Report of the Bombay Veterinary College
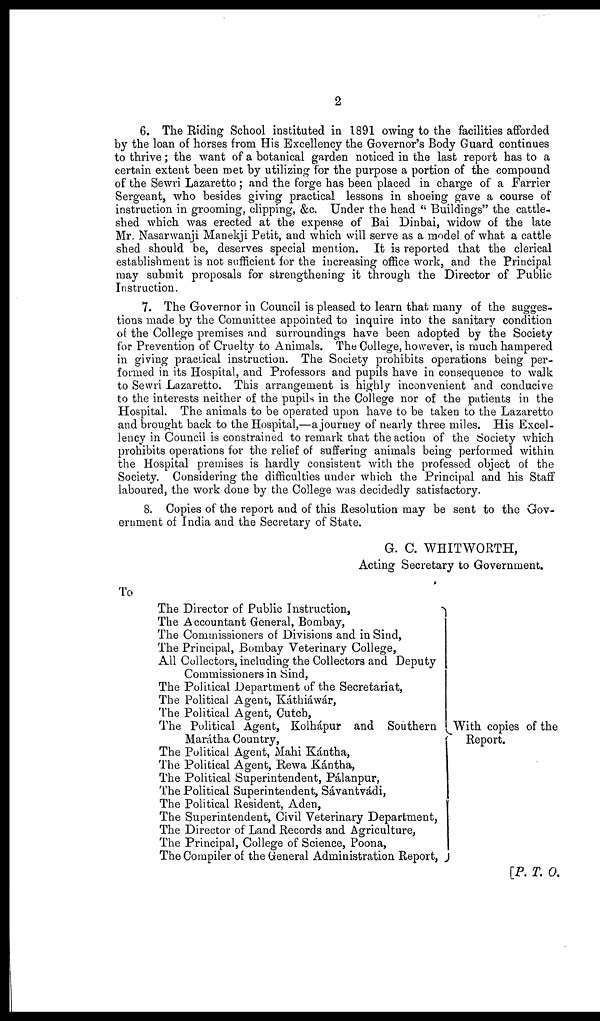
2
6. The Riding School instituted in 1891 owing to the facilities afforded
by the loan of horses from His Excellency the Governor's Body Guard continues
to thrive; the want of a botanical garden noticed in the last report has to a
certain extent been met by utilizing for the purpose a portion of the compound
of the Sewri Lazaretto; and the forge has been placed in charge of a Farrier
Sergeant, who besides giving practical lessons in shoeing gave a course of
instruction in grooming, clipping, &c. Under the head " Buildings" the cattle-
shed which was erected at the expense of Bai Dinbai, widow of the late
Mr. Nasarwanji Manekji Petit, and which will serve as a model of what a cattle
shed should be, deserves special mention. It is reported that the clerical
establishment is not sufficient for the increasing office work, and the Principal
may submit proposals for strengthening it through the Director of Public
Instruction.
7. The Governor in Council is pleased to learn that many of the sugges-
tions made by the Committee appointed to inquire into the sanitary condition
of the College premises and surroundings have been adopted by the Society
for Prevention of Cruelty to Animals. The College, however, is much hampered
in giving practical instruction. The Society prohibits operations being per-
formed in its Hospital, and Professors and pupils have in consequence to walk
to Sewri Lazaretto. This arrangement is highly inconvenient and conducive
to the interests neither of the pupils in the College nor of the patients in the
Hospital. The animals to be operated upon have to be taken to the Lazaretto
and brought back to the Hospital,—a journey of nearly three miles. His Excel-
lency in Council is constrained to remark that the action of the Society which
prohibits operations for the relief of suffering animals being performed within
the Hospital premises is hardly consistent with the professed object of the
Society. Considering the difficulties under which the Principal and his Staff
laboured, the work done by the College was decidedly satisfactory.
8. Copies of the report and of this Resolution may be sent to the Gov-
ernment of India and the Secretary of State.
G. C. WHITWORTH,
Acting Secretary to Government.
To
The Director of Public Instruction,
The Accountant General, Bombay,
The Commissioners of Divisions and in Sind,
The Principal, Bombay Veterinary College,
All Collectors, including the Collectors and Deputy
Commissioners in Sind,
The Political Department of the Secretariat,
The Political Agent, Káthiáwár,
The Political Agent, Cutch,
The Political Agent, Kolhápur and Southern }
Marátha Country,
The Political Agent, Mahi Kántha,
The Political Agent, Rewa Kántha,
The Political Superintendent, Pálanpur,
The Political Superintendent, Sávantvádi,
The Political Resident, Aden,
The Superintendent, Civil Veterinary Department,
The Director of Land Records and Agriculture,
The Principal, College of Science, Poona,
The Compiler of the General Administration Report,
With copies of the
Report.
[P. T. O.